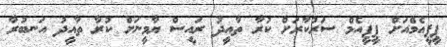
ޕީޕީއެމްއަށް ޕީޕީއެމް ސަރުކާރަށް ކުރާ ތާއީދު ރައީސް ޔާމީނަށް ކުރާ ތާއީދު އަނބުރާ